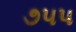
૭૫૫